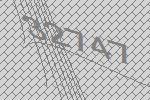
32747